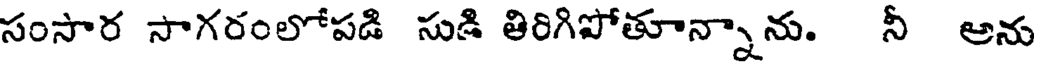
సంసార సాగరంలోపడి సుడి తిరిగిపోతూన్నాను. నీ అను